Civil Veterinary Department Bihar & Orissa reports 1929-36 - 1929-1936
Year: 1929
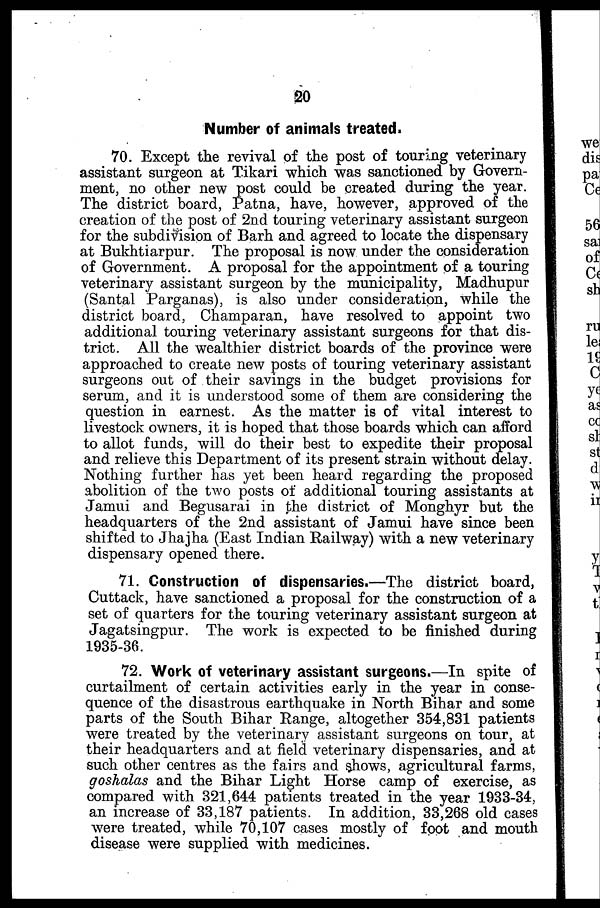
20
Number of animals treated.
70. Except the revival of the post of touring veterinary
assistant surgeon at Tikari which was sanctioned by Govern-
ment, no other new post could be created during the year.
The district board, Patna, have, however, approved of the
creation of the post of 2nd touring veterinary assistant surgeon
for the subdivision of Barh and agreed to locate the dispensary
at Bukhtiarpur. The proposal is now under the consideration
of Government. A proposal for the appointment of a touring
veterinary assistant surgeon by the municipality, Madhupur
(Santal Parganas), is also under consideration, while the
district board, Champaran, have resolved to appoint two
additional touring veterinary assistant surgeons for that dis-
trict. All the wealthier district boards of the province were
approached to create new posts of touring veterinary assistant
surgeons out of their savings in the budget provisions for
serum, and it is understood some of them are considering the
question in earnest. As the matter is of vital interest to
livestock owners, it is hoped that those boards which can afford
to allot funds, will do their best to expedite their proposal
and relieve this Department of its present strain without delay.
Nothing further has yet been heard regarding the proposed
abolition of the two posts of additional touring assistants at
Jamui and Begusarai in the district of Monghyr but the
headquarters of the 2nd assistant of Jamui have since been
shifted to Jhajha (East Indian Railway) with a new veterinary
dispensary opened there.
71. Construction of dispensaries.—The district board,
Cuttack, have sanctioned a proposal for the construction of a
set of quarters for the touring veterinary assistant surgeon at
Jagatsingpur. The work is expected to be finished during
1935-36.
72. Work of veterinary assistant surgeons.—In spite of
curtailment of certain activities early in the year in conse-
quence of the disastrous earthquake in North Bihar and some
parts of the South Bihar Range, altogether 354,831 patients
were treated by the veterinary assistant surgeons on tour, at
their headquarters and at field veterinary dispensaries, and at
such other centres as the fairs and shows, agricultural farms,
goshalas and the Bihar Light Horse camp of exercise, as
compared with 321,644 patients treated in the year 1933-34,
an increase of 33,187 patients. In addition, 33,268 old cases
were treated, while 70,107 cases mostly of foot and mouth
disease were supplied with medicines.